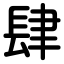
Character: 肆